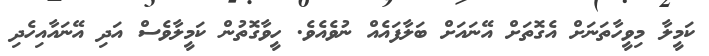
ކަމީލާ މިވީހާތަނަށް އެގޮތަށް އޭނައަށް ބަލާފައެއް ނުވެއެވެ. ހީވާގޮތުން ކަމީލާވެސް އަދި އޭނައާއިހެދި